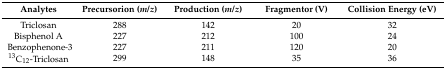
<table><thead><tr><td><b>Analytes</b></td><td><b>Precursorion (<i>m</i>/<i>z</i>)</b></td><td><b>Production (<i>m</i>/<i>z</i>)</b></td><td><b>Fragmentor (V)</b></td><td><b>Collision Energy (eV)</b></td></tr></thead><tbody><tr><td>Triclosan</td><td>288</td><td>142</td><td>20</td><td>32</td></tr><tr><td>Bisphenol A</td><td>227</td><td>212</td><td>100</td><td>24</td></tr><tr><td>Benzophenone-3</td><td>227</td><td>211</td><td>120</td><td>20</td></tr><tr><td><sup>13</sup>C<sub>12</sub>-Triclosan</td><td>299</td><td>148</td><td>35</td><td>36</td></tr></tbody></table>